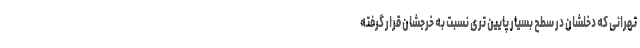
تهرانی که دَخلشان در سطح بسیار پایین تری نسبت به خرجشان قرار گرفته